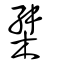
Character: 桀